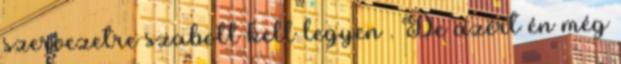
szervezetre szabott kell legyen . De azért én még